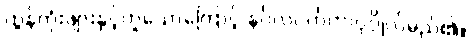
ထွန်တုံးဖျားနှင့်တူသောကြောင့် နင်္ဂလဝင်္ကတာပုဂ္ဂိုလ်မည်၏။